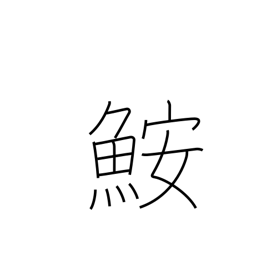
Meaning: angler-fish